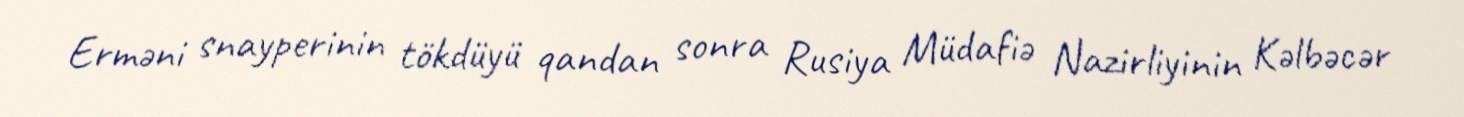
Erməni snayperinin tökdüyü qandan sonra Rusiya Müdafiə Nazirliyinin Kəlbəcər